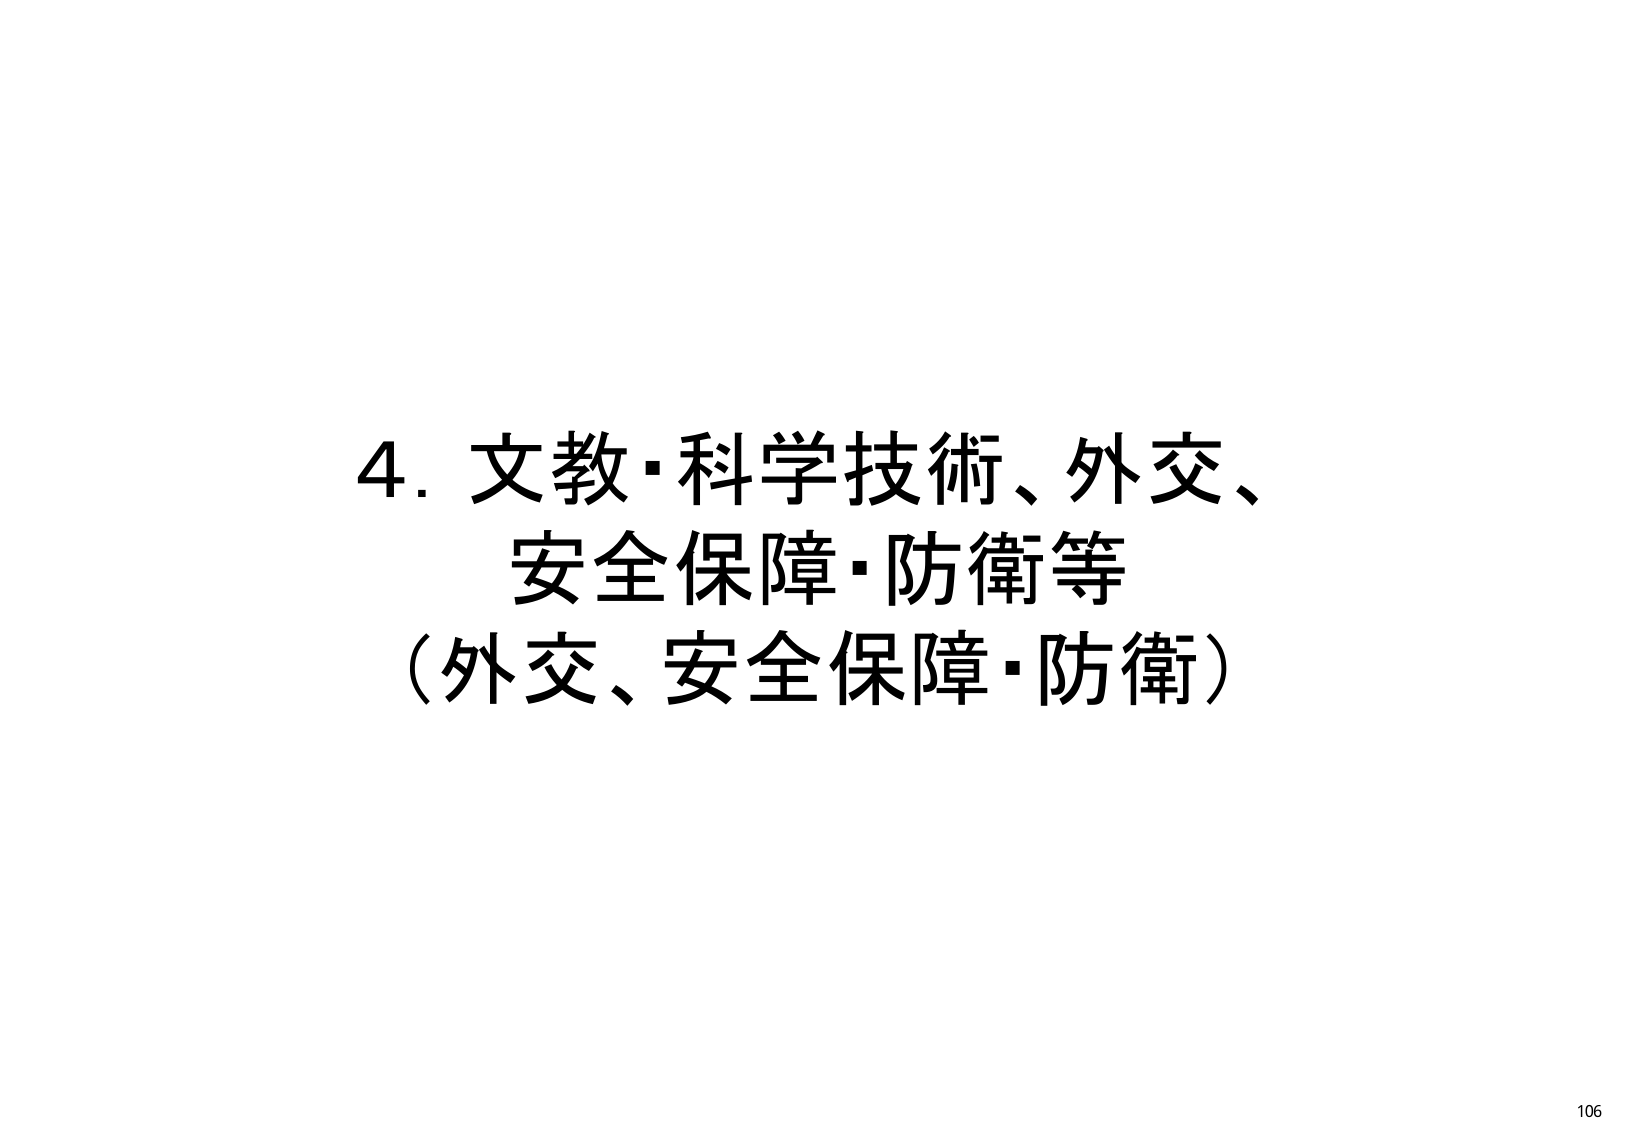
4. 文教・科学技術、外交、安全保障・防衛等
（外交、安全保障・防衛）
106